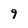
Character: 9